Indian journal of veterinary science and animal husbandry - Volume 7,
Year: 1937
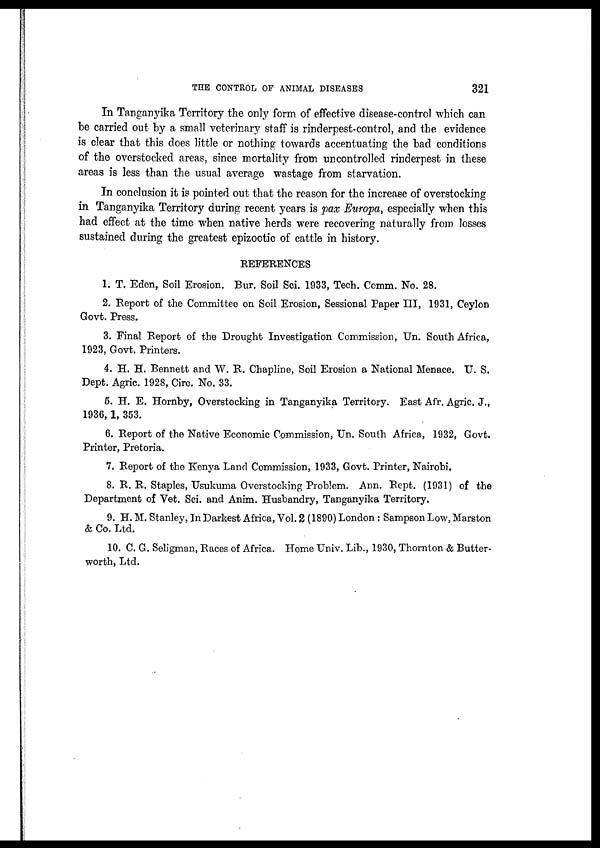
THE CONTROL OF ANIMAL DISEASES
321
In Tanganyika Territory the only form of effective disease-control which can
be carried out by a small veterinary staff is rinderpest-control, and the evidence
is clear that this does little or nothing towards accentuating the bad conditions
of the overstocked areas, since mortality from uncontrolled rinderpest in these
areas is less than the usual average wastage from starvation.
In conclusion it is pointed out that the reason for the increase of overstocking
in Tanganyika Territory during recent years is pax Europa, especially when this
had effect at the time when native herds were recovering naturally from, losses
sustained during the greatest epizootic of cattle in history.
REFERENCES
1. T. Eden, Soil Erosion. Bur. Soil Sci. 1933, Tech. Comm. No. 28.
2. Report of the Committee on Soil Erosion, Sessional Paper III, 1931, Ceylon
Govt. Press.
3. Final Report of the Drought Investigation Commission, Un. South Africa,
1923, Govt. Printers.
4. H. H. Bennett and W. R. Chapline, Soil Erosion a National Menace. U. S.
Dept. Agric. 1928, Circ. No. 33.
5. H. E. Hornby, Overstocking in Tanganyika Territory. East Afr. Agric. J.,
1936, 1,353.
6. Report of the Native Economic Commission, Un. South Africa, 1932, Govt.
Printer, Pretoria.
7. Report of the Kenya Land Commission, 1933, Govt. Printer, Nairobi.
8. R. R. Staples, Usukuma Overstocking Problem. Ann. Rept. (1931) of the
Department of Vet. Sci. and Anim. Husbandry, Tanganyika Territory.
9. H. M. Stanley, In Darkest Africa, Vol. 2 (1890) London : Sampson Low, Marston
& Co. Ltd.
10. C. G. Seligman, Races of Africa. Home Univ. Lib., 1930, Thornton & Butter-
worth, Ltd.